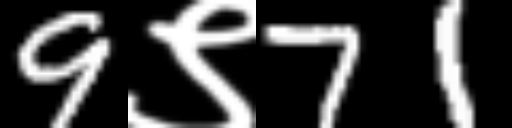
Text: 9९71